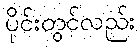
ပိုင်းတွင်လည်း